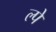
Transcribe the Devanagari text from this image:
ल्पे